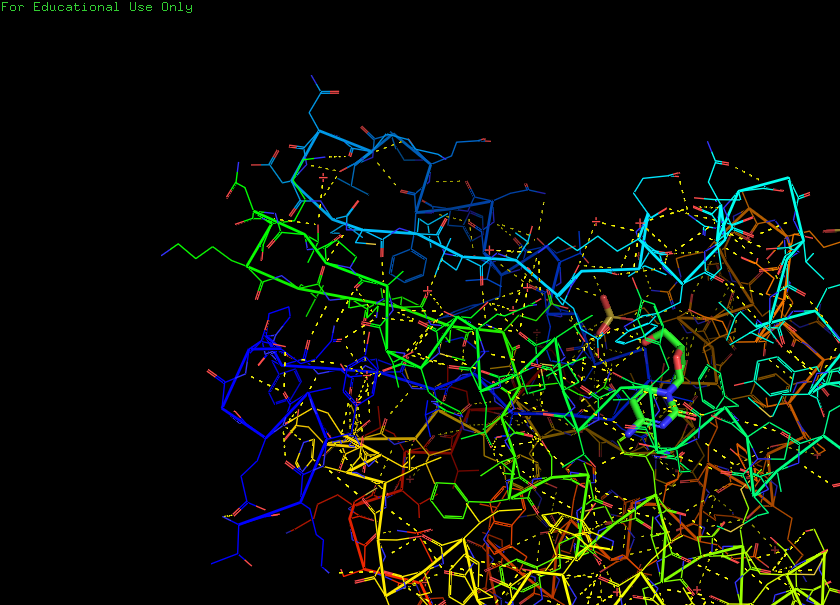
pymol, preset, technical